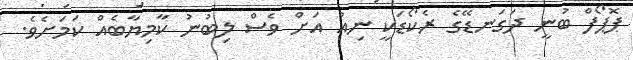
ޕޮޕޯފް ބުނީ ދަގަނޑޭގެ ރެކޯޑަކީ ނިއު އަށް ވެސް ލިބުނު ކާމިޔާބެއް ކަމަށެވެ.